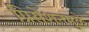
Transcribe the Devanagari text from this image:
प्रिसेशनमुळे